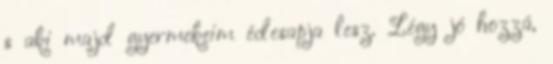
s aki majd gyermekeim édesapja lesz. Légy jó hozzá,